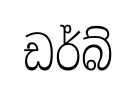
ඩර්බ්